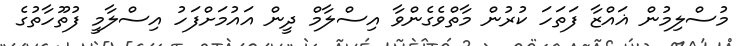
މުސްލިމުން ޣައްޒާ ފަތަހަ ކުރުން މާތްވެގެންވާ އިސްލާމް ދީން އައުމަށްފަހު އިސްލާމީ ފުތޫހާތުގެ